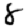
Digit: 8